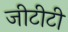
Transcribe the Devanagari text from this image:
जीटीटी